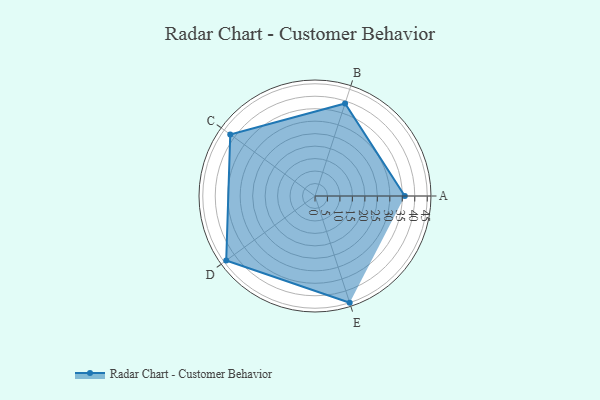
{"axis": {"x": "Skill", "y": "Score"}, "legend": ["Profile"], "data": [{"x": "A", "y": 36.0, "type": "Profile"}, {"x": "B", "y": 39.0, "type": "Profile"}, {"x": "C", "y": 42.0, "type": "Profile"}, {"x": "D", "y": 44.0, "type": "Profile"}, {"x": "E", "y": 45.0, "type": "Profile"}]}